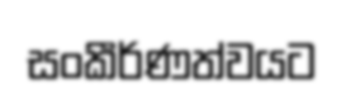
සංකීර්ණත්වයට